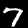
Label: 7